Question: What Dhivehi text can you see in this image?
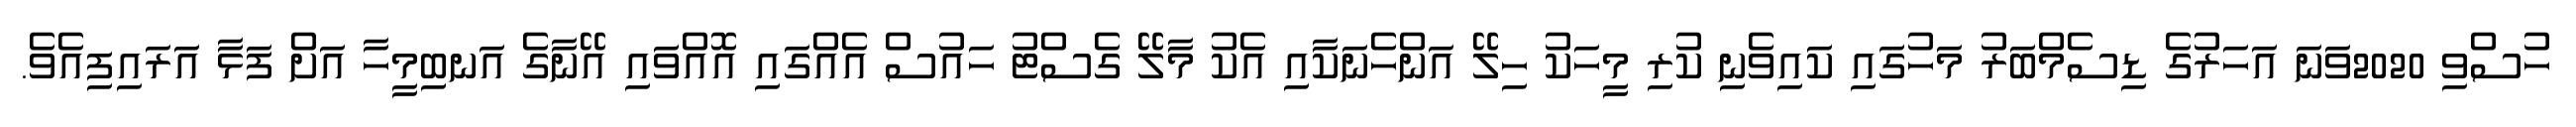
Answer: ހުސްވި 2020ވަނަ އަހަރުގެ ޑިސެމްބަރު މަހުގައި ކައިވެނި ކުރި މީހަކު ހިލޭ އަންހެނަކާއި އެކު މާލޭ ގެސްޓު ހައުސް އެއްގައި އޮއްވައި އޭނާގެ އަނބިމީހާ އަށް ފަޅާ އަރައިފިއެވެ.